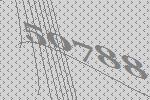
50788